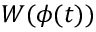
W ( \phi ( t ) )